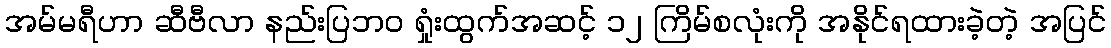
အမ်မရီဟာ ဆီဗီလာ နည်းပြဘ၀ ရှုံးထွက်အဆင့် ၁၂ ကြိမ်စလုံးကို အနိုင်ရထားခဲ့တဲ့ အပြင်